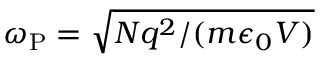
\omega _ { \mathrm { P } } = \sqrt { N q ^ { 2 } / ( m \epsilon _ { 0 } V ) }